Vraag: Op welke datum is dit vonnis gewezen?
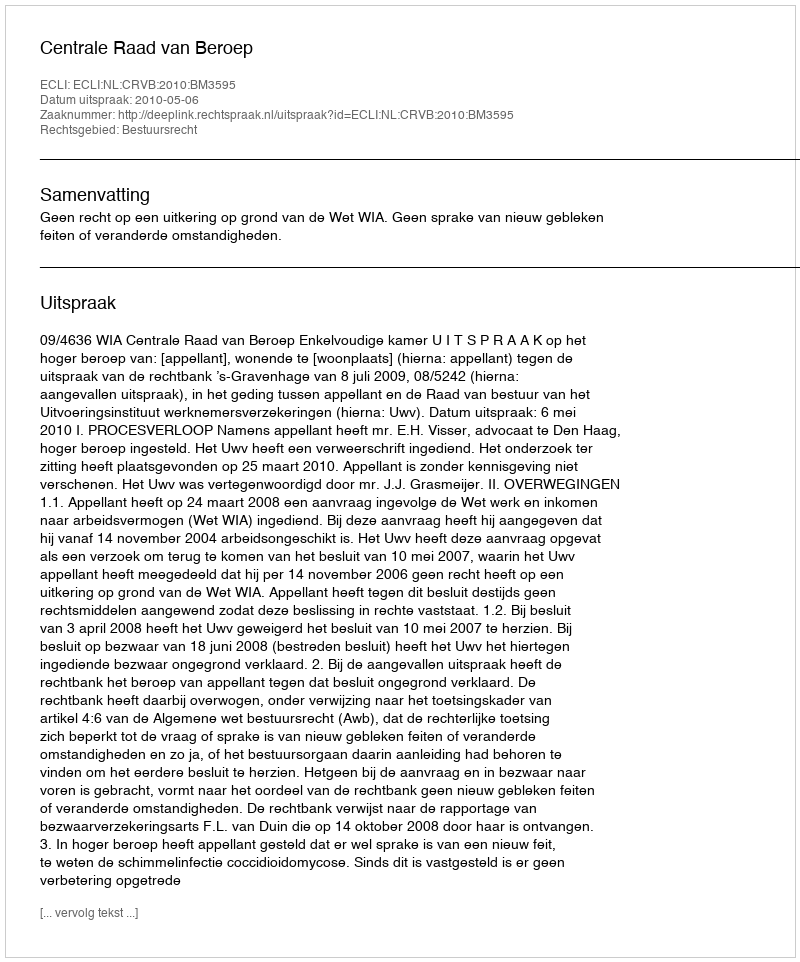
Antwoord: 2010-05-06